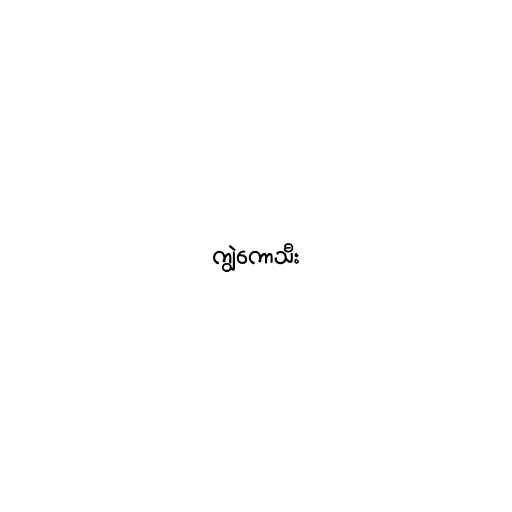
ကျွဲကောသီး